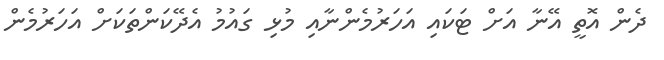
ދެން އޮތީ އޭނާ އަށް ޓަކައި އަހަރުމެންނާއި މުޅި ގައުމު އެދޭކަންތަކަށް އަހަރުމެން